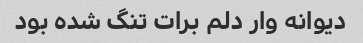
دیوانه وار دلم برات تنگ شده بود